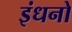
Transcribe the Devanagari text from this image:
इंधनो